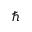
\hbar